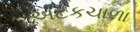
અટકચાળા